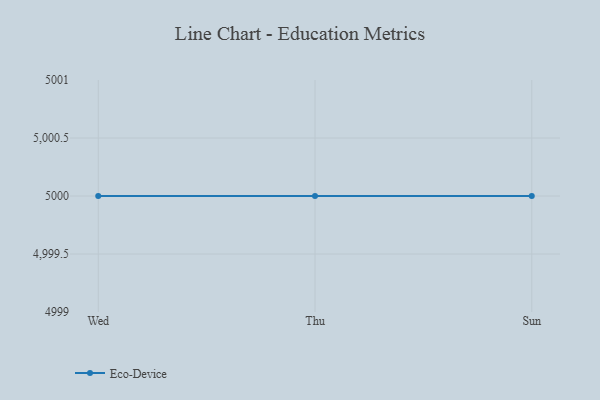
{"axis": {"x": "Day", "y": "Tickets Resolved"}, "legend": ["Eco-Device"], "data": [{"x": "Wed", "y": 5000, "type": "Eco-Device"}, {"x": "Thu", "y": 5000, "type": "Eco-Device"}, {"x": "Sun", "y": 5000, "type": "Eco-Device"}]}